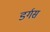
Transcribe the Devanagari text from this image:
डर्गस